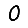
Digit: 0